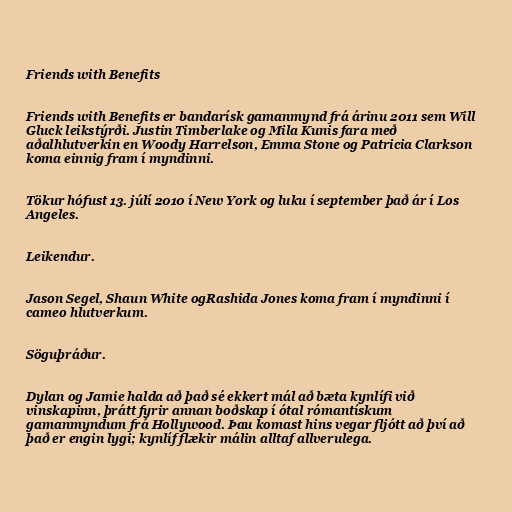
Friends with Benefits

Friends with Benefits er bandarísk gamanmynd frá árinu 2011 sem Will
Gluck leikstýrði. Justin Timberlake og Mila Kunis fara með
aðalhlutverkin en Woody Harrelson, Emma Stone og Patricia Clarkson
koma einnig fram í myndinni.

Tökur hófust 13. júlí 2010 í New York og luku í september það ár í Los
Angeles.

Leikendur.

Jason Segel, Shaun White ogRashida Jones koma fram í myndinni í
cameo hlutverkum.

Söguþráður.

Dylan og Jamie halda að það sé ekkert mál að bæta kynlífi við
vinskapinn, þrátt fyrir annan boðskap í ótal rómantískum
gamanmyndum frá Hollywood. Þau komast hins vegar fljótt að því að
það er engin lygi; kynlíf flækir málin alltaf allverulega.